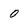
Character: 0